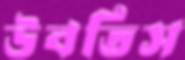
উবতিস